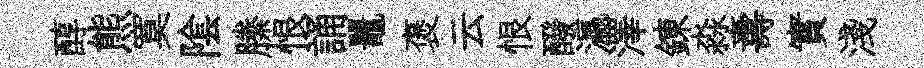
醇熊寞隂縢恨誦鼉褒云恨醱瀛澤錬淼夀實淺